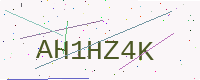
Text: AH1HZ4K